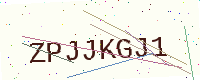
Text: ZPJJKGJ1